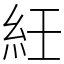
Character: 紝